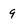
Character: 9